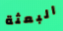
البعثة